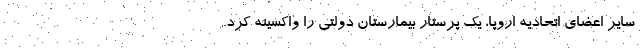
سایر اعضای اتحادیه اروپا، یک پرستار بیمارستان دولتی را واکسینه کرد.